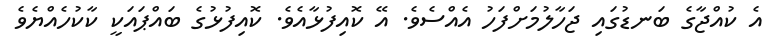
އެ ކުއްޖާގެ ބަނޑުގައި ޖަހާލުމަށްފަހު އެއްސެވެ. އޭ ކޮއިފުޅާއެވެ. ކޮއިފުޅުގެ ބައްޕައަކީ ކާކުހެއްޔެވެ